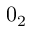
0 _ { 2 }